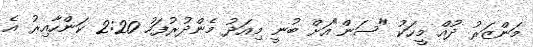
މަންޒަރު ދުއް މީހަކު "ސަން"އަށް ބުނީ މިއަދު މެންދުރުފަހު 2:20 ކަންހާއިރު އެ